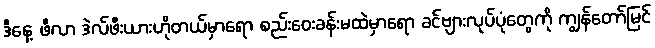
ဒီနေ့ ဖီလာ ဒဲလ်ဖီးယားဟိုတယ်မှာရော စည်းဝေးခန်းမထဲမှာရော ခင်ဗျားလုပ်ပုံတွေကို ကျွန်တော်မြင်